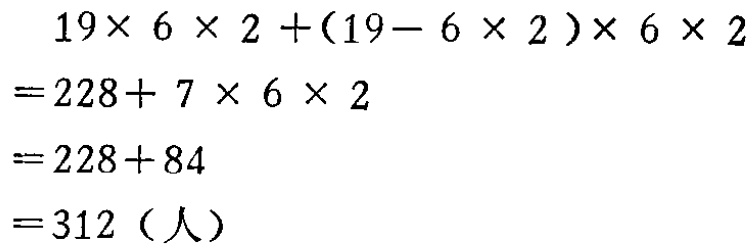
\[

\begin{align*}

&19\times 6\times 2+(19 - 6\times 2)\times 6\times 2\\

=&228 + 7\times 6\times 2\\

=&228+84\\

=&312（人）

\end{align*}

\]